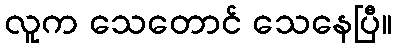
လူက သေတောင် သေနေပြီ။